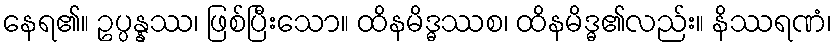
နေရ၏။ ဥပ္ပန္နဿ၊ ဖြစ်ပြီးသော။ ထိနမိဒ္ဓဿစ၊ ထိနမိဒ္ဓ၏လည်း။ နိဿရဏံ၊